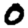
Digit: 0